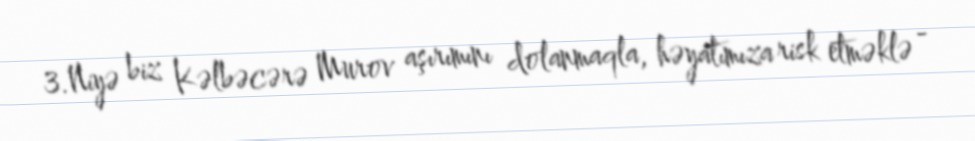
3.Niyə biz Kəlbəcərə Murov aşırımını dolanmaqla, həyatımıza risk etməklə -